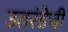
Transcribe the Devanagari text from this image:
उतरंडेची